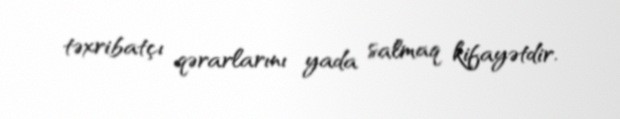
təxribatçı qərarlarını yada salmaq kifayətdir.